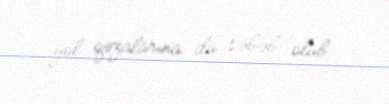
yol qəzalarına da səbəb olub.